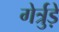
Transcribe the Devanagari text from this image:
गेर्त्रुड़े